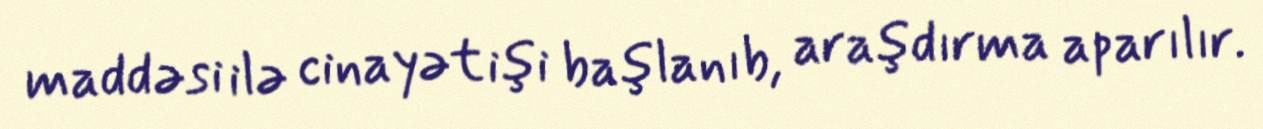
maddəsi ilə cinayət işi başlanıb, araşdırma aparılır.